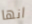
انها